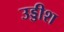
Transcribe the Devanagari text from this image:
उड्डीश